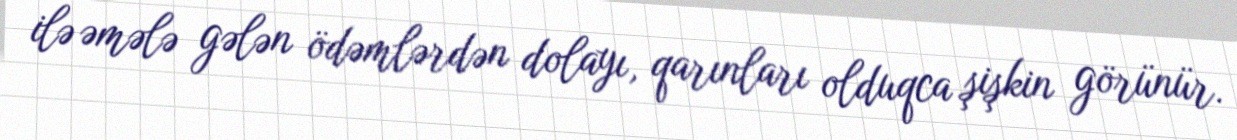
ilə əmələ gələn ödəmlərdən dolayı, qarınları olduqca şişkin görünür.